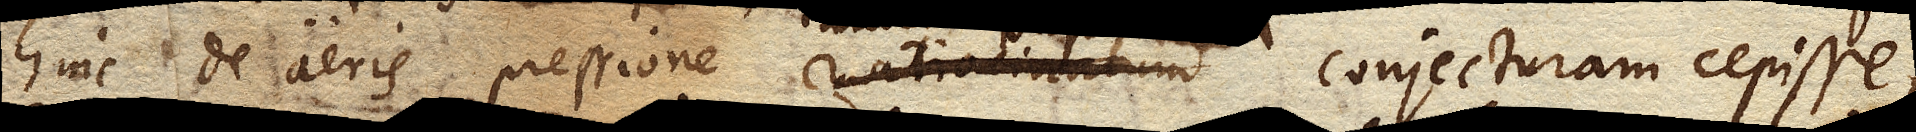
hinc de aeris pressione ratiocinatum conjecturam cepisse;